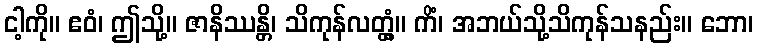
ငါ့ကို။ ဧဝံ၊ ဤသို့။ ဇာနိဿန္တိ၊ သိကုန်လတ္တံ့။ ကိံ၊ အဘယ်သို့သိကုန်သနည်း။ ဘော၊